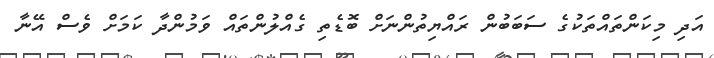
އަދި މިކަންތައްތަކުގެ ސަބަބުން ރައްޔިތުންނަށް ބޮޑެތި ގެއްލުންތައް ވަމުންދާ ކަމަށް ވެސް އޭނާ